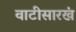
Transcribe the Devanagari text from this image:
वाटीसारखं